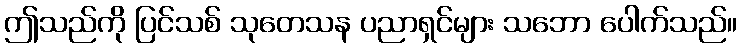
ဤသည်ကို ပြင်သစ် သုတေသန ပညာရှင်များ သဘော ပေါက်သည်။